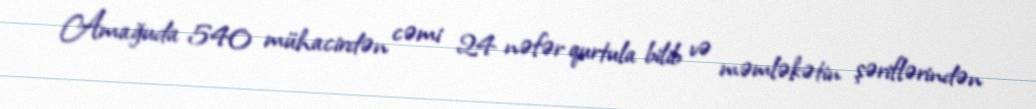
Amağuda 540 mühacirdən cəmi 24 nəfər qurtula bilib və məmləkətin şəriflərindən